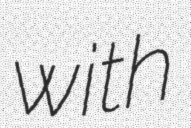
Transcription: with